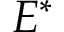
E ^ { * }